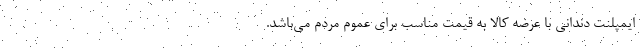
ایمپلنت دندانی با عرضه کالا به قیمت مناسب برای عموم مردم می­باشد.